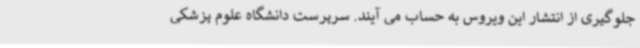
جلوگیری از انتشار این ویروس به حساب می آیند. سرپرست دانشگاه علوم پزشکی